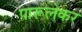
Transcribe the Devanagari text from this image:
पारूलेकर